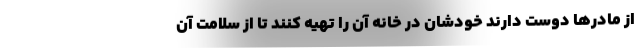
از مادرها دوست دارند خودشان در خانه آن را تهیه کنند تا از سلامت آن